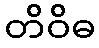
တိဝိဓ